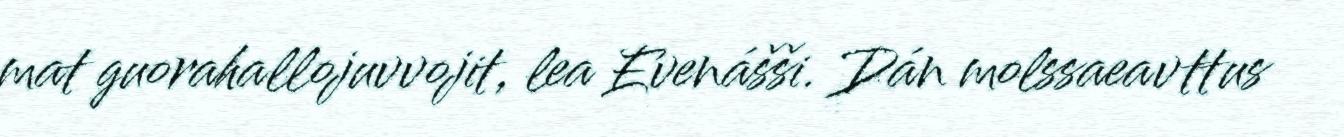
mat guorahallojuvvojit, lea Evenášši. Dán molssaeavttus